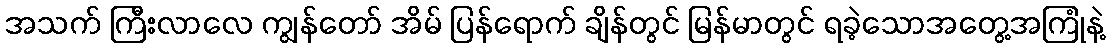
အသက် ကြီးလာလေ ကျွန်တော် အိမ် ပြန်ရောက် ချိန်တွင် မြန်မာတွင် ရခဲ့သောအတွေ့အကြုံနဲ့